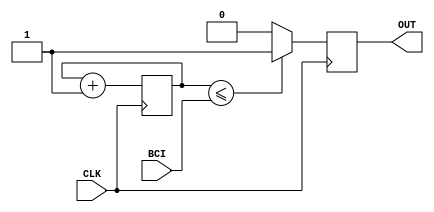
// Oregon Institute of Technology 
// Design Name: Pluse width modulator
// Module Name: PWM.v
// Project Name: CST 351  Homework 3
// Target Devices: EPM2210F324C3N
// Description: sends out a pulse width
module PWM(
input			CLK,
input	[7:0] 	BCI,
output	reg		OUT);
reg		[7:0]	count;
initial begin
count = 0;
OUT = 0;
end
always @ (posedge CLK)
begin
	if(count <= BCI)
	begin
		OUT = 1;
	end
	else
	begin
		OUT = 0;
	end
	count = count +1;
end
endmodule